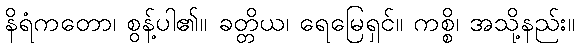
နိရံကတော၊ စွန့်ပါ၏။ ခတ္တိယ၊ ရေမြေရှင်။ ကစ္စိ၊ အသို့နည်း။